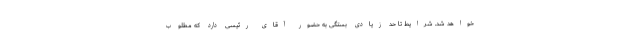
خواهد شد. شرایط تا حد زیادی بستگی به حضور آقای رئیسی دارد که مطلوب